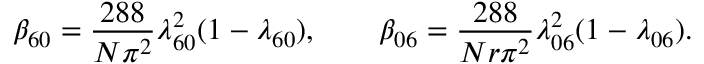
\beta _ { 6 0 } = { \frac { 2 8 8 } { N \pi ^ { 2 } } } \lambda _ { 6 0 } ^ { 2 } ( 1 - \lambda _ { 6 0 } ) , \qquad \beta _ { 0 6 } = { \frac { 2 8 8 } { N r \pi ^ { 2 } } } \lambda _ { 0 6 } ^ { 2 } ( 1 - \lambda _ { 0 6 } ) .